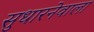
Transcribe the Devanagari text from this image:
सुधारनेवाला